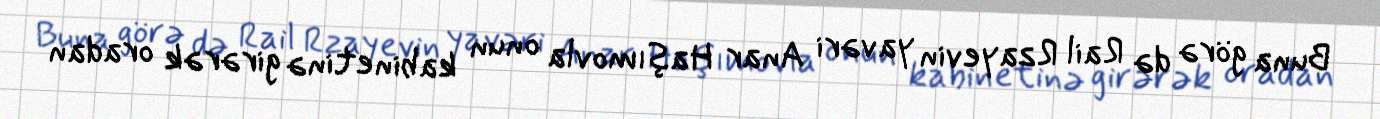
Buna görə də Rail Rzayevin yavəri Anar Haşımovla onun kabinetinə girərək oradan